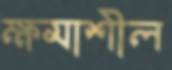
ক্ষমাশীল